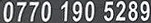
0770 190 5289